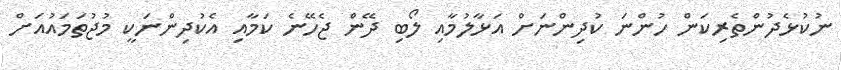
ނުކުޅެދުންތެރިކަން ހުންނަ ކުދިންނަށް އަޅާލުމާއި ލޯބި ދޭން ޖެހޭނެ ކަމާއި އެކުދިންނަކީ މުޖުތަމައުއަށް